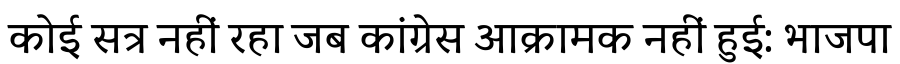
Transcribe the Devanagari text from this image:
कोई सत्र नहीं रहा जब कांग्रेस आक्रामक नहीं हुई: भाजपा